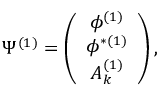
\Psi ^ { ( 1 ) } = \left( \begin{array} { c } { { \phi ^ { ( 1 ) } } } \\ { { \phi ^ { \ast ( 1 ) } } } \\ { { A _ { k } ^ { ( 1 ) } } } \end{array} \right) ,